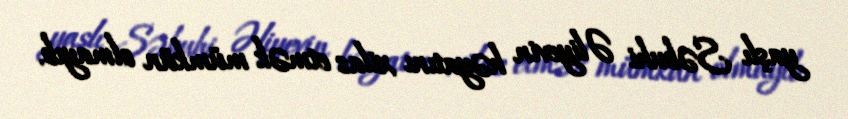
yaşlı Səbuhi Əliyevin həyatını xilas etmək mümkün olmayıb.